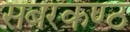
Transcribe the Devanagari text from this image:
सबरकण्ठ